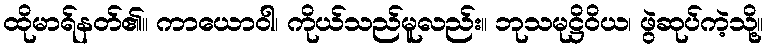
ထိုမာရ်နတ်၏။ ကာယောဝါ၊ ကိုယ်သည်မူလည်း။ ဘုသမုဋ္ဌိဝိယ၊ ဖွဲဆုပ်ကဲ့သို့။